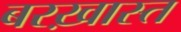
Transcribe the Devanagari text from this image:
बरख़ास्त